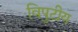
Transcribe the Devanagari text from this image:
विपुटीय